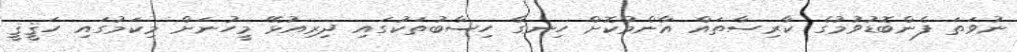
ނުވަތަ ފެންބޮޑުވުމުގެ ކާރިސާތައް އާންމުކޮށް ހިނގާ ހިސާބުތަކުގައި ދިރިއުޅޭ މީހުނަށް މިކަމުުގައި ހަޤީޤީ